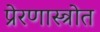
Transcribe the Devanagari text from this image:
प्रेरणास्‍त्रोत